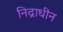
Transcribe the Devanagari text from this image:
निद्राधीन